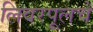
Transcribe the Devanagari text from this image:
लिवरपूलचे